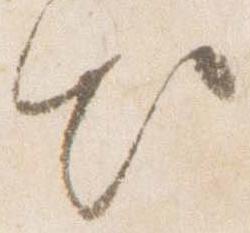
出